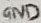
Text: GND